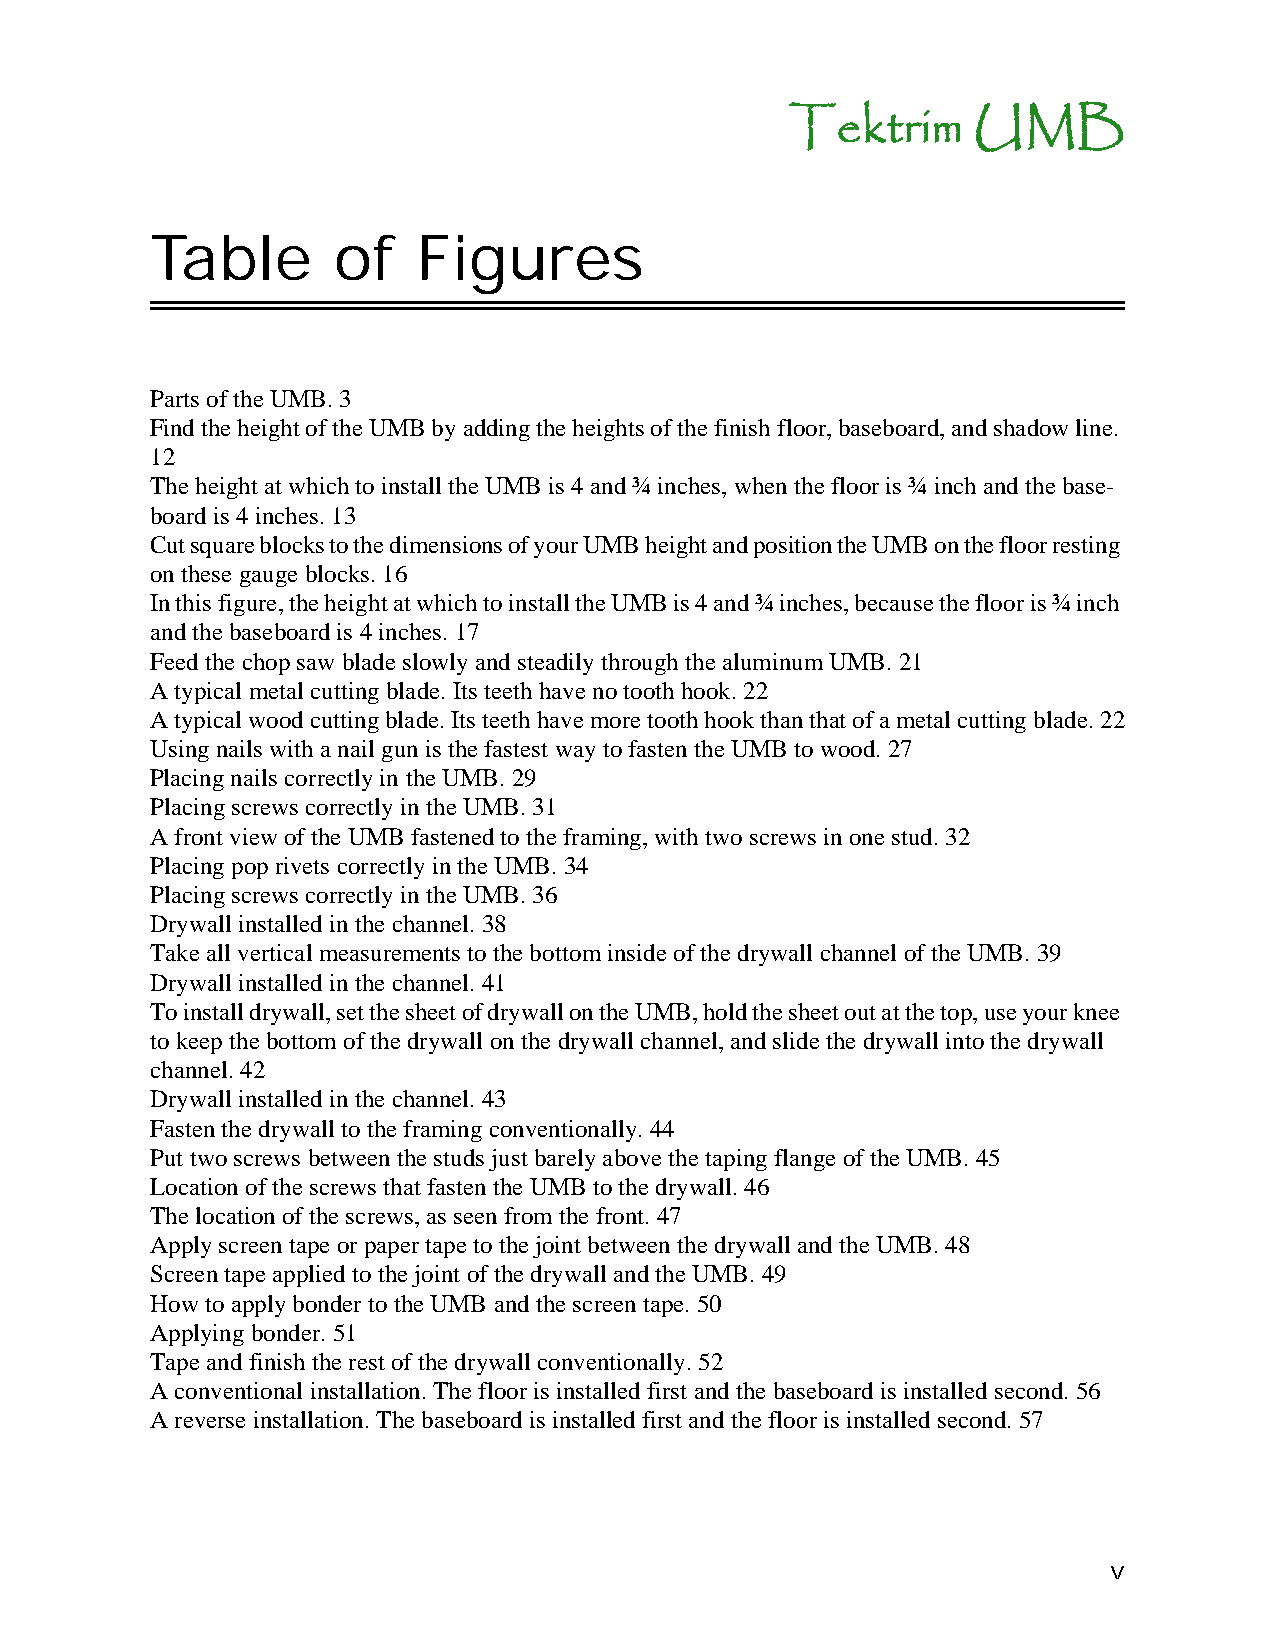
Tektrim     UMB
 Table       of    Figures
 Parts of the UMB. 3
 Find the height of the UMB by adding the heights of the finish floor, baseboard, and shadow line.
 12
 The height at which to install the UMB is 4 and ¾ inches, when the floor is ¾ inch and the base-
 board is 4 inches. 13
 Cut square blocks to the dimensions of your UMB height and position the UMB on the floor resting
 on these gauge blocks. 16
 In this figure, the height at which to install the UMB is 4 and ¾ inches, because the floor is ¾ inch
 and the baseboard is 4 inches. 17
 Feed the chop saw blade slowly and steadily through the aluminum UMB. 21
 A typical metal cutting blade. Its teeth have no tooth hook. 22
 A typical wood cutting blade. Its teeth have more tooth hook than that of a metal cutting blade. 22
 Using nails with a nail gun is the fastest way to fasten the UMB to wood. 27
 Placing nails correctly in the UMB. 29
 Placing screws correctly in the UMB. 31
 A front view of the UMB fastened to the framing, with two screws in one stud. 32
 Placing pop rivets correctly in the UMB. 34
 Placing screws correctly in the UMB. 36
 Drywall installed in the channel. 38
 Take all vertical measurements to the bottom inside of the drywall channel of the UMB. 39
 Drywall installed in the channel. 41
 To install drywall, set the sheet of drywall on the UMB, hold the sheet out at the top, use your knee
 to keep the bottom of the drywall on the drywall channel, and slide the drywall into the drywall
 channel. 42
 Drywall installed in the channel. 43
 Fasten the drywall to the framing conventionally. 44
 Put two screws between the studs just barely above the taping flange of the UMB. 45
 Location of the screws that fasten the UMB to the drywall. 46
 The location of the screws, as seen from the front. 47
 Apply screen tape or paper tape to the joint between the drywall and the UMB. 48
 Screen tape applied to the joint of the drywall and the UMB. 49
 How to apply bonder to the UMB and the screen tape. 50
 Applying bonder. 51
 Tape and finish the rest of the drywall conventionally. 52
 A conventional installation. The floor is installed first and the baseboard is installed second. 56
 A reverse installation. The baseboard is installed first and the floor is installed second. 57
 v